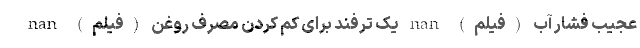
عجیب فشار آب (فیلم) nan یک ترفند برای کم کردن مصرف روغن (فیلم) nan